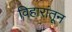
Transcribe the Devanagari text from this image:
विहारांतून